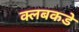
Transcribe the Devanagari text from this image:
क्लबकडे